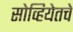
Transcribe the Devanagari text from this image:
सोव्हियेतचे